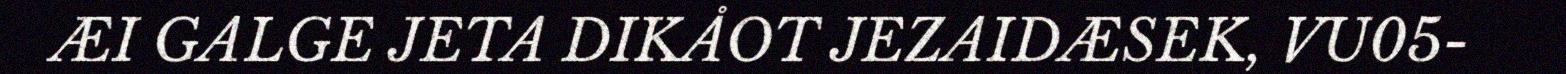
ÆI GALGE JETA DIKÅOT JEZAIDÆSEK, VU05-